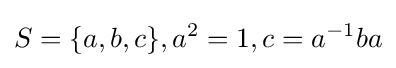
S=\{a,b,c\},a^{2}=1,c=a^{-1}ba